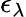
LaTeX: \epsilon_{\lambda}